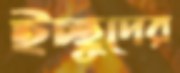
ইচ্ছুদের